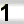
Digit: 1